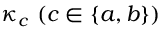
\kappa _ { c } ~ ( c \in \{ a , b \} )